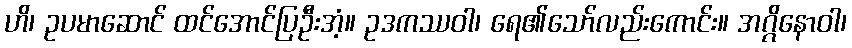
ဟိ၊ ဥပမာဆောင် ထင်အောင်ပြဦးအံ့။ ဥဒကဿဝါ၊ ရေ၏သော်လည်းကောင်း။ အဂ္ဂိနောဝါ၊